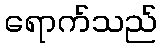
ရောက်သည်